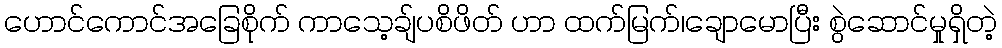
ဟောင်ကောင်အခြေစိုက် ကာသေ့ချ်ပစိဖိတ် ဟာ ထက်မြက်၊ချောမောပြီး စွဲဆောင်မှုရှိတဲ့